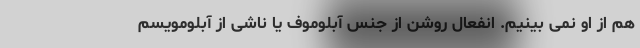
هم از او نمی بینیم. انفعال روشن از جنس آبلوموف یا ناشی از آبلومویسم